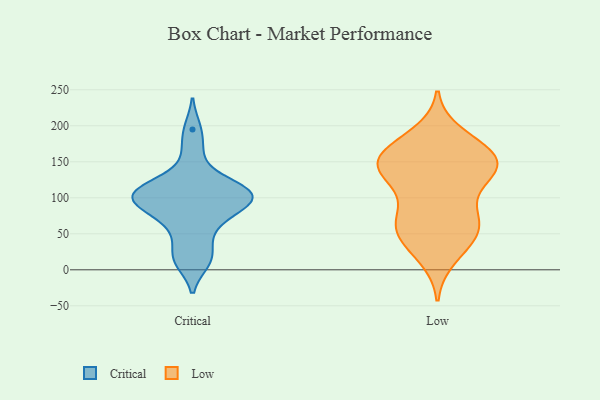
{"axis": {"x": "Gross Profit (USD K)", "y": "Value"}, "legend": ["Critical", "Low"], "data": [{"x": "", "y": 102, "type": "Critical"}, {"x": "", "y": 195, "type": "Critical"}, {"x": "", "y": 99, "type": "Critical"}, {"x": "", "y": 118, "type": "Critical"}, {"x": "", "y": 95, "type": "Critical"}, {"x": "", "y": 164, "type": "Critical"}, {"x": "", "y": 13, "type": "Critical"}, {"x": "", "y": 31, "type": "Critical"}, {"x": "", "y": 11, "type": "Critical"}, {"x": "", "y": 105, "type": "Critical"}, {"x": "", "y": 122, "type": "Critical"}, {"x": "", "y": 91, "type": "Critical"}, {"x": "", "y": 58, "type": "Critical"}, {"x": "", "y": 84, "type": "Critical"}, {"x": "", "y": 104, "type": "Critical"}, {"x": "", "y": 69, "type": "Critical"}, {"x": "", "y": 113, "type": "Critical"}, {"x": "", "y": 137, "type": "Low"}, {"x": "", "y": 150, "type": "Low"}, {"x": "", "y": 36, "type": "Low"}, {"x": "", "y": 142, "type": "Low"}, {"x": "", "y": 175, "type": "Low"}, {"x": "", "y": 62, "type": "Low"}, {"x": "", "y": 151, "type": "Low"}, {"x": "", "y": 41, "type": "Low"}, {"x": "", "y": 120, "type": "Low"}, {"x": "", "y": 154, "type": "Low"}, {"x": "", "y": 187, "type": "Low"}, {"x": "", "y": 156, "type": "Low"}, {"x": "", "y": 122, "type": "Low"}, {"x": "", "y": 61, "type": "Low"}, {"x": "", "y": 72, "type": "Low"}, {"x": "", "y": 164, "type": "Low"}, {"x": "", "y": 18, "type": "Low"}, {"x": "", "y": 139, "type": "Low"}, {"x": "", "y": 73, "type": "Low"}, {"x": "", "y": 66, "type": "Low"}]}